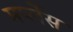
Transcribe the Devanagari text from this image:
मर्प्लेस